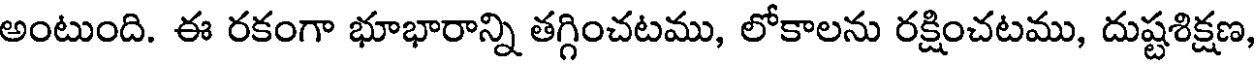
అంటుంది. ఈ రకంగా భూభారాన్ని తగ్గించటము, లోకాలను రక్షించటము, దుష్టశిక్షణ,